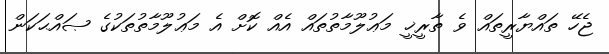
ޖެހޭ ތައްޔާރީތައް ވެ ތާރީޚީ މަޢުލޫމާތުތައް އެއް ކޮށް އެ މަޢުލޫމާތުތަކުގެ ޞައްޙަކަން